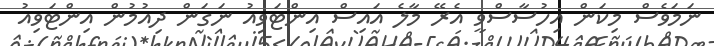
ނަމަވެސް މިކަން އިހުސާސްވީ އެރޭ މާލެ އައިސް އިންޓަވިއު ނަގަން ދިއުމުން އިންޓަވިއު